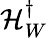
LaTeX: \mathcal{H}_{W}^{\dagger}